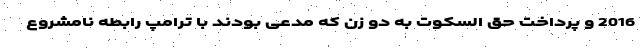
2016 و پرداخت حق السکوت به دو زن که مدعی بودند با ترامپ رابطه نامشروع